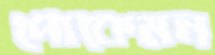
পোকেমন